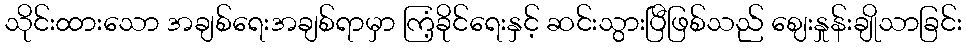
သိုင်းထားသော အချစ်ရေးအချစ်ရာမှာ ကြံ့ခိုင်ရေးနှင့် ဆင်းသွားပြီဖြစ်သည် ဈေးနှုန်းချိုသာခြင်း